Leaving Certificate Examination, 1903
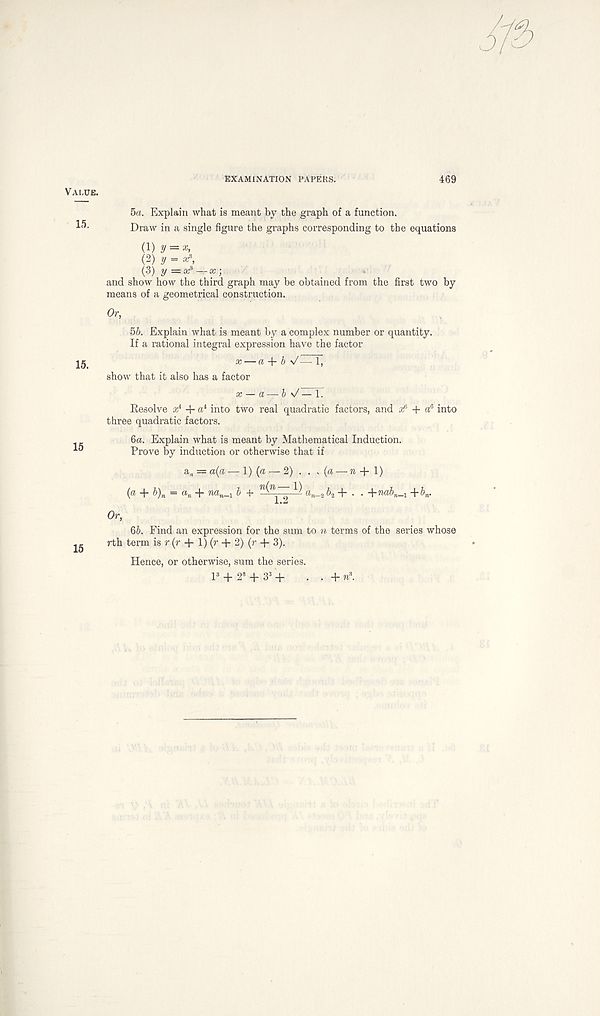
Vai.ue.
15.
15.
15
EXAMINATION PAPERS.
469
5a. Explain what is meant by the graph of a function.
Draw in a single figure the graphs corresponding to the equations
(1) y = x,
(2) y =
(3) y = X-,
and show how the third graph may be obtained from the first two by
means of a geometrical construction.
Or,
5b. Explain what is meant by a complex number or quantity.
If a rational integral expression have the factor
x — a + b \/— 1,
show that it also has a factor
x — a—b n/— 1.
Resolve a; 4 + ® 4 into two real quadratic factors, and r! J + a 6 into
three quadratic factors.
6a. Explain what is meant by Mathematical Induction.
Prove by induction or otherwise that if
a„ = a(a — 1) (a — 2) . . , (a — w + 1)
(a + b) n = a n -f
b + n^n~ ^ a„_2 5 2 + • • ' i r na b n _ 1 + b n .
Or,
6b. Find an expression for the sum to n terms of the series whose
rth term is r (r + 1) (r + 2) (r + 3).
Hence, or otherwise, sum the series.
P + 2 s + 3 3 '+ • • + n*.
15